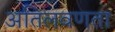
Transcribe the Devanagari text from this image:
अतिलवणता